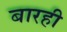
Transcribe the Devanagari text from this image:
बारही